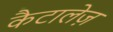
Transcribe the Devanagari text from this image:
कैटालेज़